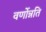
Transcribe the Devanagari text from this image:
वर्णोन्नति